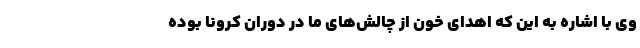
وی با اشاره به این که اهدای خون از چالش‌های ما در دوران کرونا بوده